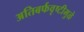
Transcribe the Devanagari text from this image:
अतिबर्फवृष्टीमुळे